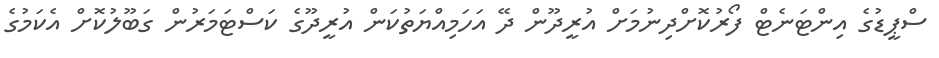
ސްޕީޑުގެ އިންޓަނެޓް ފޯރުކޮށްދިނުމަށް އުރީދޫން ދޭ އަހަމިއްޔަތުކަން އުރީދޫގެ ކަސްޓަމަރުން ގަބޫލުކޮށް އެކަމުގެ